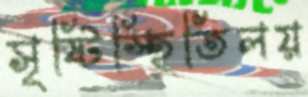
সৃষ্টিস্হিতিলয়